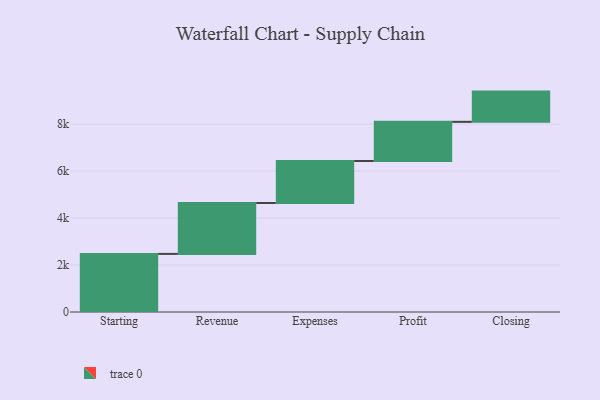
{"axis": {"x": "Step", "y": "Value"}, "legend": [""], "data": [{"x": "Starting", "y": 2473.0, "type": ""}, {"x": "Revenue", "y": 2167.0, "type": ""}, {"x": "Expenses", "y": 1787.0, "type": ""}, {"x": "Profit", "y": 1667.0, "type": ""}, {"x": "Closing", "y": 1287.0, "type": ""}]}